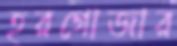
হরগোজার